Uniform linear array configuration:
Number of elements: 16
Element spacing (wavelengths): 0.25
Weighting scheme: binomial
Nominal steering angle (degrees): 0
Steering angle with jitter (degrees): -1.791
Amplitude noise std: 0.05
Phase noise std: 0.05

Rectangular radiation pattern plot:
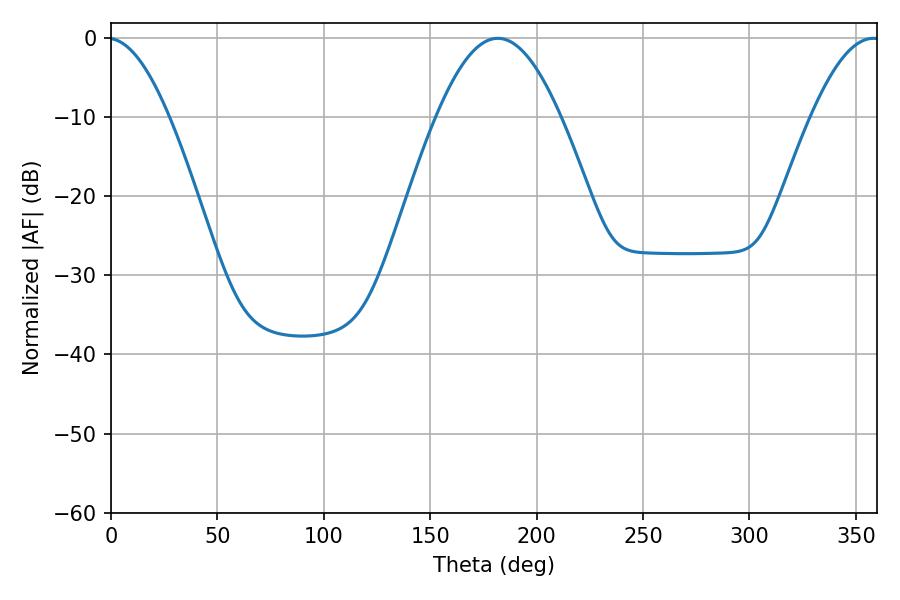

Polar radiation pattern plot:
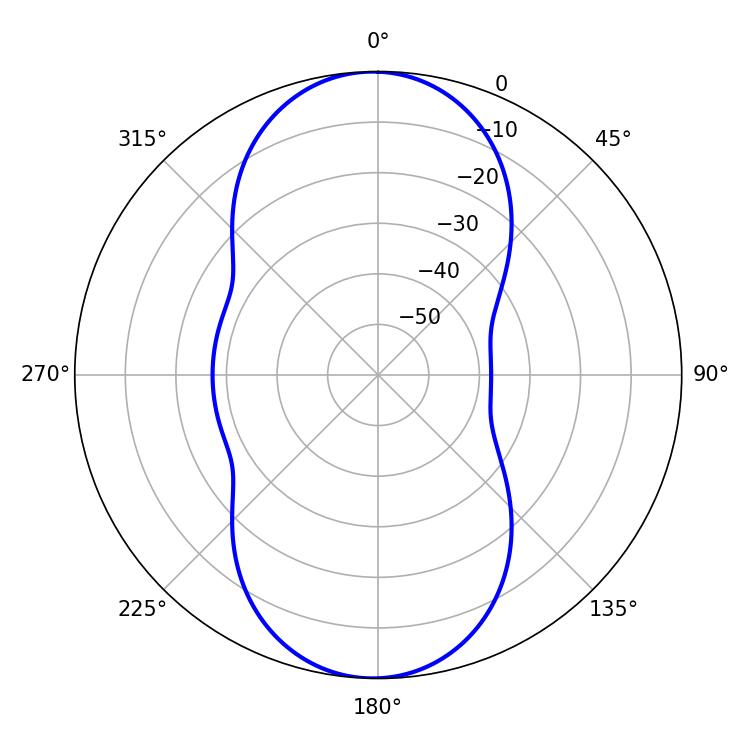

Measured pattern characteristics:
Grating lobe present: FALSE
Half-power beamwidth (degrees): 31.68
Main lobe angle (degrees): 181.8